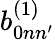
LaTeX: b_{0nn^{\prime}}^{(1)}